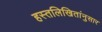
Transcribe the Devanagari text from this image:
हस्तलिखितांनुसार